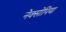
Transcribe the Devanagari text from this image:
नेक्सोपिया